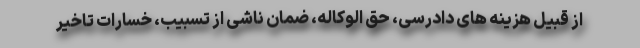
از قبیل هزینه های دادرسی، حق الوکاله، ضمان ناشی از تسبیب، خسارات تاخیر